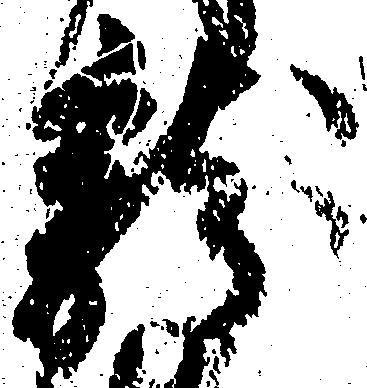
龍